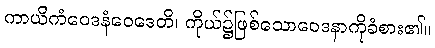
ကာယိကံဝေဒနံဝေဒေတိ၊ ကိုယ်၌ဖြစ်သောဝေဒနာကိုခံစား၏။